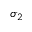
\sigma _ { 2 }